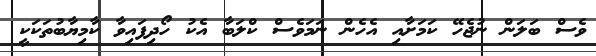
ވެސް ބަލަން ނުޖެހޭ ކަމަށާއި އެހެން ނަމަވެސް ކްލަބާ އެކު ހޯދިފައިވާ ކާމިޔާބުތަކަކީ